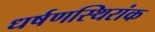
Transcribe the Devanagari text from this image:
धर्षणस्थिरांक